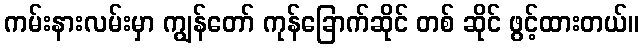
ကမ်းနားလမ်းမှာ ကျွန်တော် ကုန်ခြောက်ဆိုင် တစ် ဆိုင် ဖွင့်ထားတယ်။